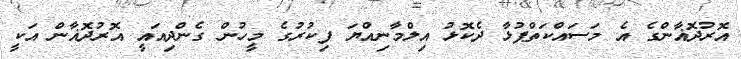
އޮރުދޮޣާންގެ އެ މަސައްކަތްޕުޅާ ދެކޮޅު އިލްމާނިއްޔަ ފިކުރުގެ މީހުން ގެންދިއައީ އޮރުދޮޣާން އަކީ